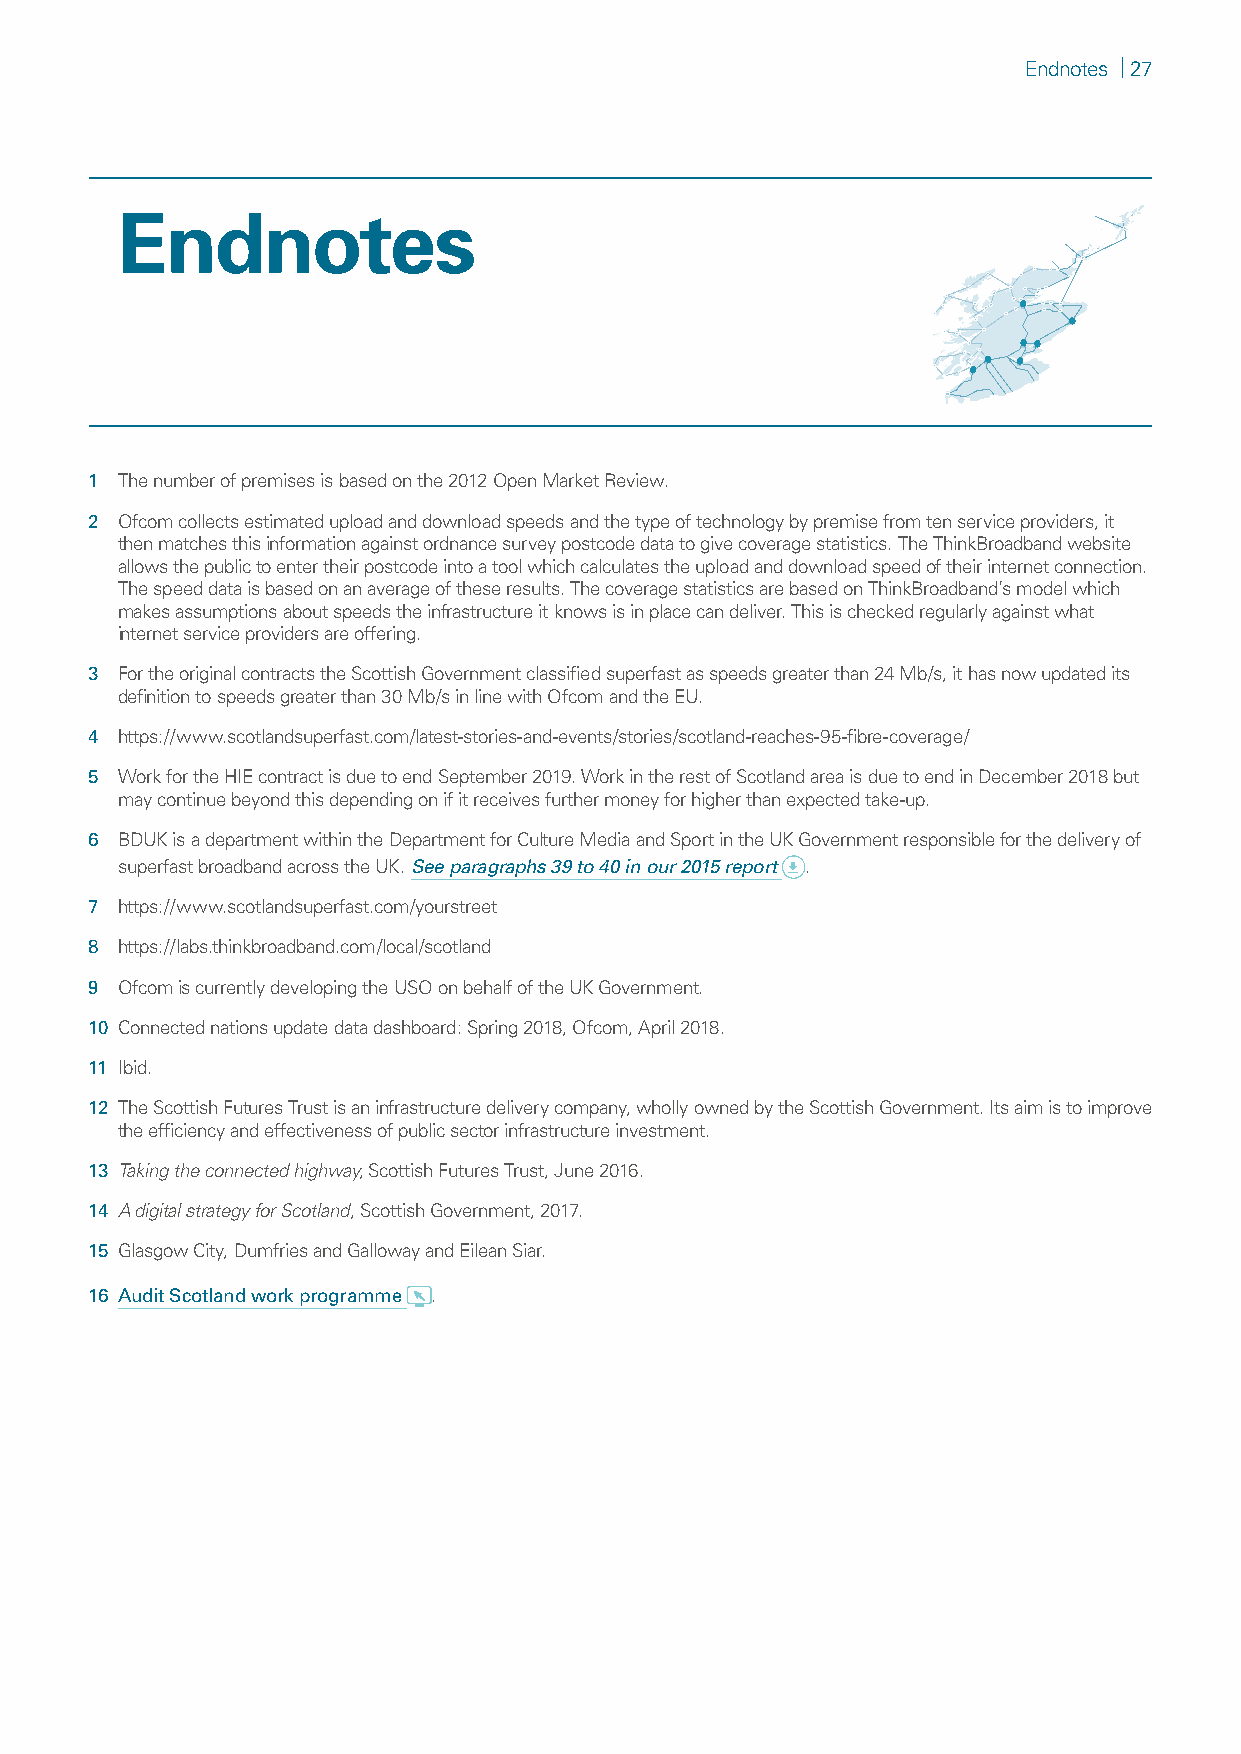
Endnotes | 27
 Endnotes
 1 The number of premises is based on the 2012 Open Market Review.
 2 Ofcom collects estimated upload and download speeds and the type of technology by premise from ten service providers, it
 then matches this information against ordnance survey postcode data to give coverage statistics. The ThinkBroadband website
 allows the public to enter their postcode into a tool which calculates the upload and download speed of their internet connection.
 The speed data is based on an average of these results. The coverage statistics are based on ThinkBroadband’s model which
 makes assumptions about speeds the infrastructure it knows is in place can deliver. This is checked regularly against what
 internet service providers are offering.
 3 For the original contracts the Scottish Government classified superfast as speeds greater than 24 Mb/s, it has now updated its
 definition to speeds greater than 30 Mb/s in line with Ofcom and the EU.
 4 https://www.scotlandsuperfast.com/latest-stories-and-events/stories/scotland-reaches-95-fibre-coverage/
 5 Work for the HIE contract is due to end September 2019. Work in the rest of Scotland area is due to end in December 2018 but
 may continue beyond this depending on if it receives further money for higher than expected take-up.
 6 BDUK is a department within the Department for Culture Media and Sport in the UK Government responsible for the delivery of
 superfast broadband across the UK. See paragraphs 39 to 40 in our 2015 report .
 7 https://www.scotlandsuperfast.com/yourstreet
 8 https://labs.thinkbroadband.com/local/scotland
 9 Ofcom is currently developing the USO on behalf of the UK Government.
 10 Connected nations update data dashboard: Spring 2018, Ofcom, April 2018.
 11 Ibid.
 12 The Scottish Futures Trust is an infrastructure delivery company, wholly owned by the Scottish Government. Its aim is to improve
 the efficiency and effectiveness of public sector infrastructure investment.
 13 Taking the connected highway, Scottish Futures Trust, June 2016.
 14 A digital strategy for Scotland, Scottish Government, 2017.
 15 Glasgow City, Dumfries and Galloway and Eilean Siar.
 16 Audit Scotland work programme .